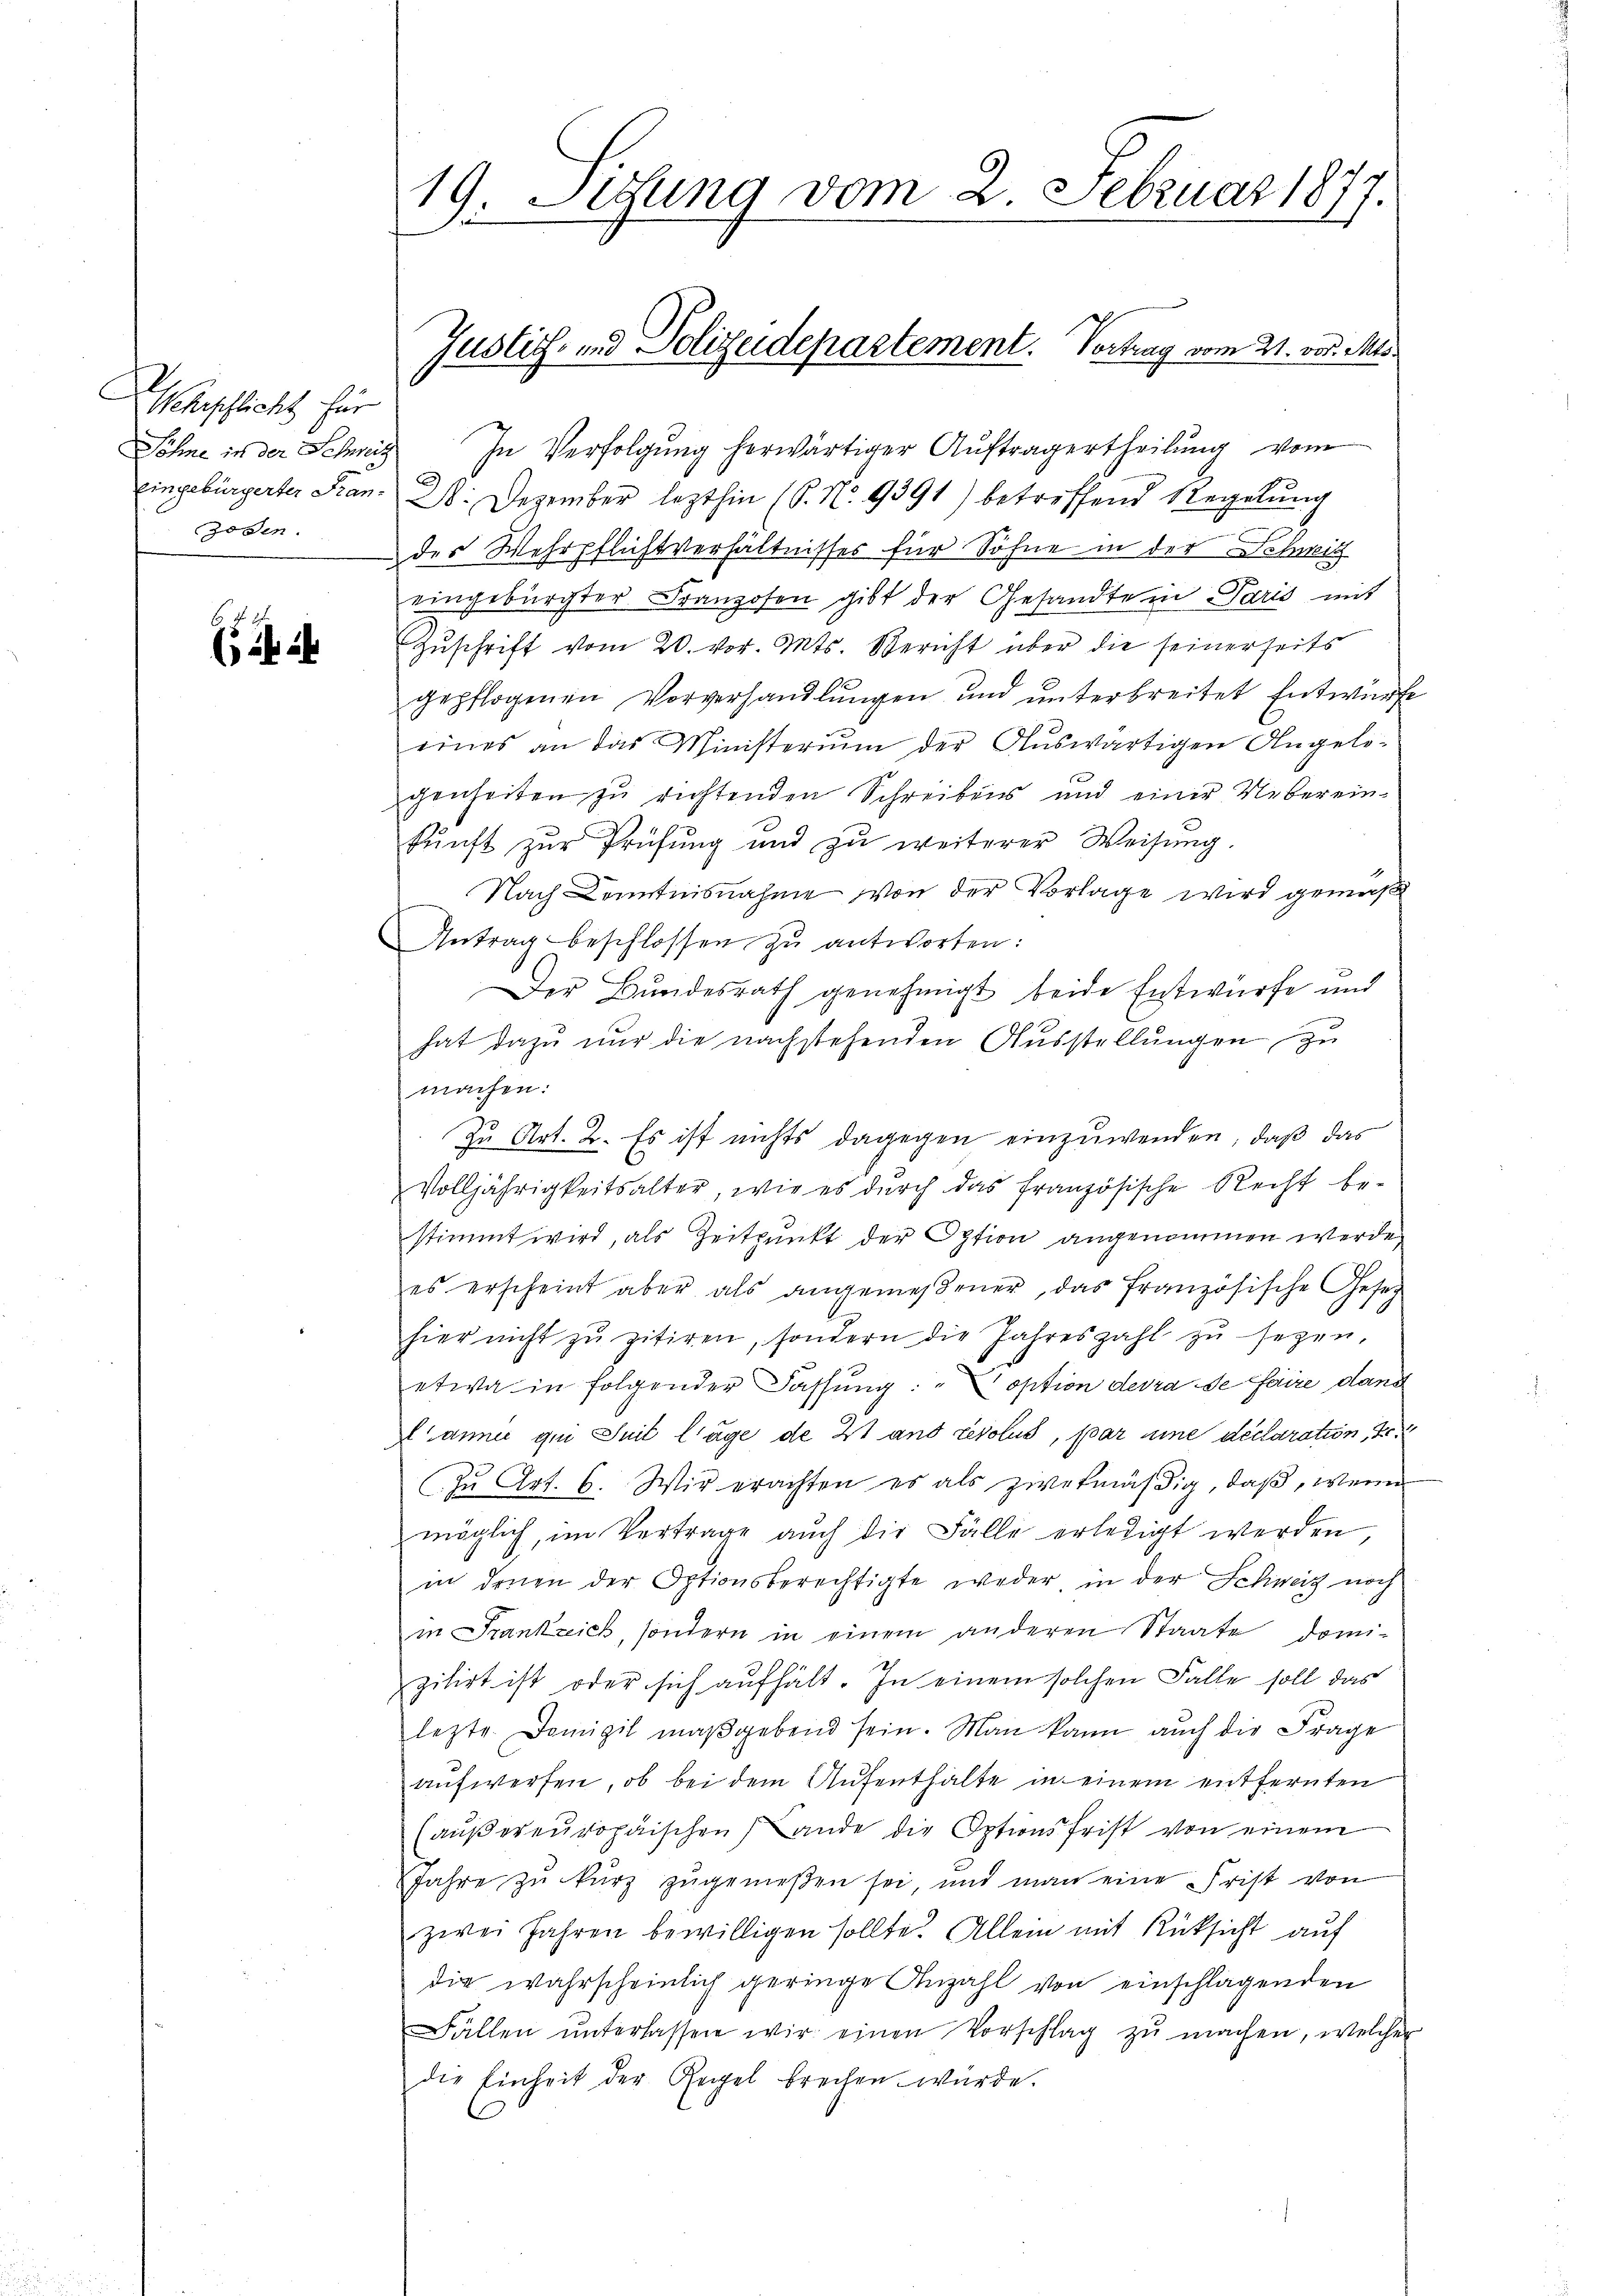
Weherschlicht für
Söhne in der Schweiz
zosen.

(

19. Setzung vom 2. Februar 1877.

In Verfolgung herwärtiger Auftragertheilung vom
eingebürgerter Stan. 26. Dezember lezthin (P. Nr. 9391) betreffend Regelung
der Wehrpflichtverhältnisses für Söhne in der Schweit
eingebürgter Franzosen gibt der Gesandte in Paris mit
Zuschrift vom 20. vor. Mts. Bericht über die seinerseits
gepflogenen Vorverhandlŭngen und ŭnterbreitet Entwürfe
eines an das Ministeriŭm der Aŭswärtigen Angele-
genheiten zu richtenden Schreibens und einer Uebereinkŭnft zŭr Prüfŭng und zŭ weiterer Weisŭng.
Nach Kenntnisnahme von der Vorlage wird gemäß
Antrag beschlossen zŭ antworten:
Der Bundesrath genehmigt beide Entwurfe und
hat dazu nur die nachstehenden Ausstellungen zu
machen:
Zu Art. 2. Es ist nichts dagegen einzuwenden, daß das
Volljährigkeitsalter, wie es durch das französische Recht be-
stimmt wird, als Zeitpunkt der Option angenommen werde.
es erscheint aber als angemeßener, das französische Gesetz
hier nicht zŭ zitiren, sondern die Jahreszahl zŭ sezen,
etwa in folgender Fassung: „Toption devra de faire dann
anner qui Seit lage de 21 ans revolus, par une declaration, Sr.
zŭ Art. 6. Wir erachten es als zwefmäβig, daß, wenn
möglich, im Vertrage auch die Fälle erledigt werden
in denen der Optionsberechtigte weder in der Schweiz noch
in Frankreich, sondern in einem anderen Staate domizilirt ist oder sich aufhält. In einem solchen Falle soll das
lezte Domizil maßgebend sein. Man kann auch die Frage
aufwerfen, ob bei dem Aufenthalte in einem entfernten
(außereuropäischen Lande die Optionsfrist von einem
Jahre zu kurz zugemeßen sei, und man eine Frist von
zwei Jahren bewilligen sollte. Allein mit Rücksicht auf
die wahrscheinlich geringe Anzahl von einschlagenden
Fällen ŭnterlassen wir einen Vorschlag zŭ machen, welcher
die Einheit der Regel brechen würde.
C

Justiz- und Polizeidepartement. Vortrag vom 21. vor. Mis¬